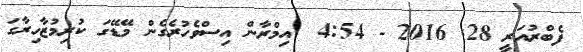
ފެބްރުއަރީ 28